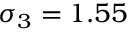
\sigma _ { 3 } = 1 . 5 5